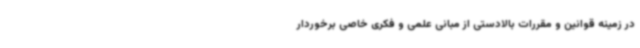
در زمینه قوانین و مقررات بالادستی از مبانی علمی و فکری خاصی برخوردار